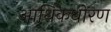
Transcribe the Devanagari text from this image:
आर्थिकधोरण